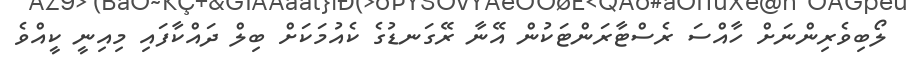
ލޯބިވެރިންނަށް ހާއްސަ ރެސްޓާރަންޓަކުން އޭނާ ރޭގަނޑުގެ ކެއުމަކަށް ބިލް ދައްކާފައި މިއިނީ ކީއްވެ